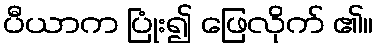
ပီယာက ပြုံး၍ ဖြေလိုက် ၏။